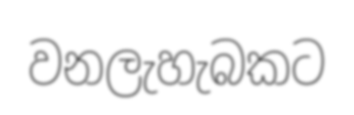
වනලැහැබකට